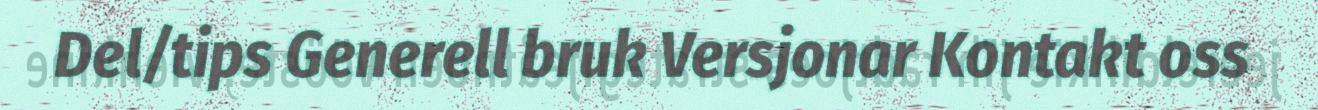
Del/tips Generell bruk Versjonar Kontakt oss